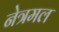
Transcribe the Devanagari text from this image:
नेत्रमल